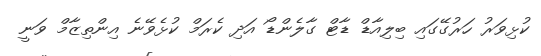
ކުޅިވަރު ހަރުގޭގައި ބިލިއާޑް ޑާޓް ގާލެންޑޯ އަދި ކެރަމް ކުޅެވޭނެ އިންތިޒާމް ވަނީ